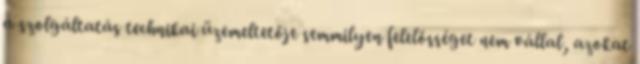
a szolgáltatás technikai üzemeltetője semmilyen felelősséget nem vállal, azokat